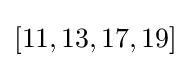
[11,13,17,19]